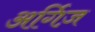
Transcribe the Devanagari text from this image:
अर्गिज़